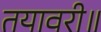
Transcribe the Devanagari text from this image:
तयावरी॥